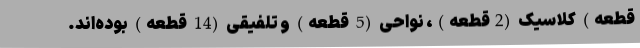
قطعه) کلاسیک (2قطعه)، نواحی (5 قطعه) و تلفیقی (14 قطعه) بوده‌اند.